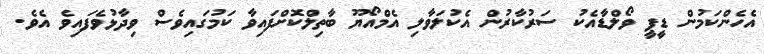
އެހެންކަމުން ޑީޕީ ވޯލްޑާއެކު ސަރުކާރުން އެކުލަވާލި އެމްއޯޔޫ ބާތިލްކޮށްފައިވާ ކަމުގައިވެސް ވިދާޅުވެފައިވެ އެވެ.